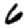
Digit: 6